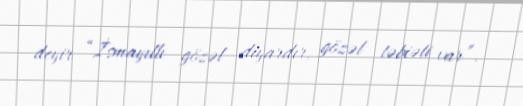
deyir “İsmayıllı gözəl diyardır, gözəl təbiəti var”.